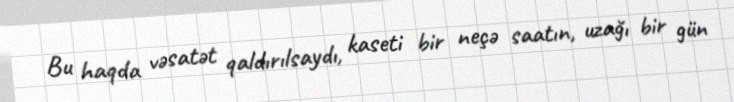
Bu haqda vəsatət qaldırılsaydı, kaseti bir neçə saatın, uzağı bir gün